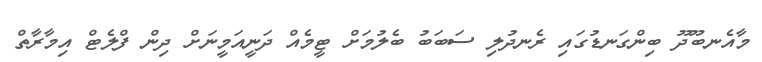
މާއެނބޫދޫ ބިންގަނޑުގައި ރެނދުލި ސަބަބު ބެލުމަށް ޓީމެއް ދަނީއަމީނަށް ދިން ފްލެޓް އިމާރާތް